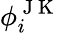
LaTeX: \phi_{i}^{\mathrm{~J~K~}}